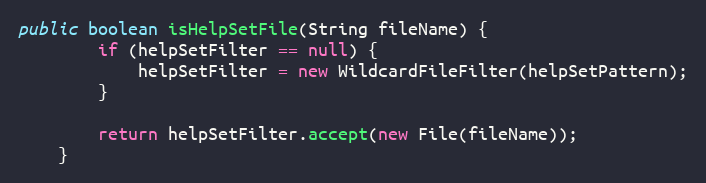
Language: Java
public boolean isHelpSetFile(String fileName) {
        if (helpSetFilter == null) {
            helpSetFilter = new WildcardFileFilter(helpSetPattern);
        }

        return helpSetFilter.accept(new File(fileName));
    }